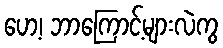
ဟေ့၊ ဘာကြောင့်များလဲကွ